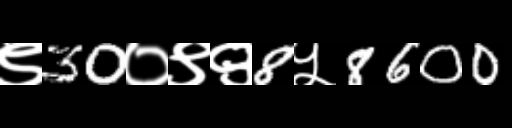
Text: ९30०९९8५8600